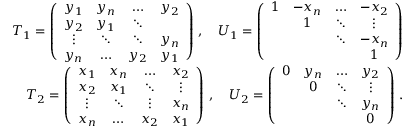
\begin{array} { r } { T _ { 1 } = \left( \begin{array} { c c c c } { y _ { 1 } } & { y _ { n } } & { \ldots } & { y _ { 2 } } \\ { y _ { 2 } } & { y _ { 1 } } & { \ddots } & \\ { \vdots } & { \ddots } & { \ddots } & { y _ { n } } \\ { y _ { n } } & { \ldots } & { y _ { 2 } } & { y _ { 1 } } \end{array} \right) \, , \quad U _ { 1 } = \left( \begin{array} { c c c c } { 1 } & { - x _ { n } } & { \ldots } & { - x _ { 2 } } \\ & { 1 } & { \ddots } & { \vdots } \\ & & { \ddots } & { - x _ { n } } \\ & & & { 1 } \end{array} \right) } \\ { T _ { 2 } = \left( \begin{array} { c c c c } { x _ { 1 } } & { x _ { n } } & { \ldots } & { x _ { 2 } } \\ { x _ { 2 } } & { x _ { 1 } } & { \ddots } & { \vdots } \\ { \vdots } & { \ddots } & { \vdots } & { x _ { n } } \\ { x _ { n } } & { \ldots } & { x _ { 2 } } & { x _ { 1 } } \end{array} \right) \, , \quad U _ { 2 } = \left( \begin{array} { c c c c } { 0 } & { y _ { n } } & { \ldots } & { y _ { 2 } } \\ & { 0 } & { \ddots } & { \vdots } \\ & & { \ddots } & { y _ { n } } \\ & & & { 0 } \end{array} \right) \, . } \end{array}